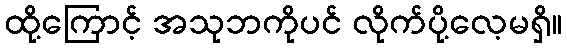
ထို့ကြောင့် အသုဘကိုပင် လိုက်ပို့လေ့မရှိ။